Annual report of lunatic asylums [Bombay] - 1912-1922
Year: 1912
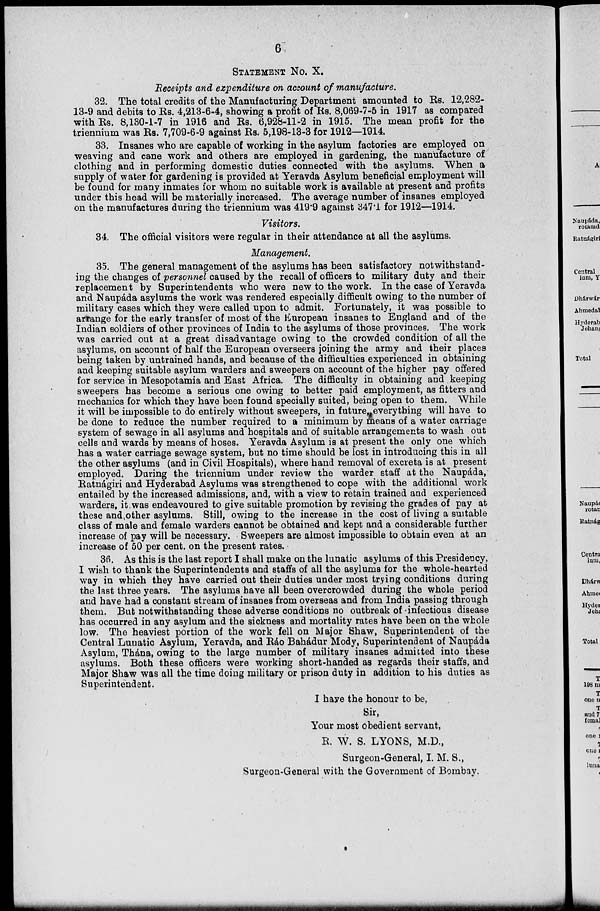
6
STATEMENT No. X.
Receipts and expenditure on account of manufacture.
32. The total credits of the Manufacturing Department amounted to Rs. 12,282-
13-9 and debits to Rs. 4,213-6-4, showing a profit of Rs. 8,069-7-5 in 1917 as compared
with Rs. 8,130-1-7 in 1916 and Rs. 6,928-11-2 in 1915. The mean profit for the
triennium was Rs. 7,709-6-9 against Rs. 5,198-13-3 for 1912—1914.
33. Insanes who are capable of working in the asylum factories are employed on
weaving and cane work and others are employed in gardening, the manufacture of
clothing and in performing domestic duties connected with the asylums. When a
supply of water for gardening is provided at Yeravda Asylum beneficial employment will
be found for many inmates for whom no suitable work is available at present and profits
under this head will be materially increased. The average number of insanes employed
on the manufactures during the triennium was 419.9 against 347.1 for 1912—1914.
Visitors.
34. The official visitors were regular in their attendance at all the asylums.
Management.
35. The general management of the asylums has been satisfactory notwithstand-
ing the changes of personnel caused by the recall of officers to military duty and their
replacement by Superintendents who were new to the work. In the case of Yeravda
and Naupáda asylums the work was rendered especially difficult owing to the number of
military cases which they were called upon to admit. Fortunately, it was possible to
arrange for the early transfer of most of the European insanes to England and of the
Indian soldiers of other provinces of India to the asylums of those provinces. The work
was carried out at a great disadvantage owing to the crowded condition of all the
asylums, on account of half the European overseers joining the army and their places
being taken by untrained hands, and because of the difficulties experienced in obtaining
and keeping suitable asylum warders and sweepers on account of the higher pay offered
for service in Mesopotamia and East Africa. The difficulty in obtaining and keeping
sweepers has become a serious one owing to better paid employment, as fitters and
mechanics for which they have been found specially suited, being open to them. While
it will be impossible to do entirely without sweepers, in future everything will have to
be done to reduce the number required to a minimum by means of a water carriage
system of sewage in all asylums and hospitals and of suitable arrangements to wash out
cells and wards by means of hoses. Yeravda Asylum is at present the only one which
has a water carriage sewage system, but no time should be lost in introducing this in all
the other asylums (and in Civil Hospitals), where hand removal of excreta is at present
employed. During the triennium under review the warder staff at the Naupáda,
Ratnágiri and Hyderabad Asylums was strengthened to cope with the additional work
entailed by the increased admissions, and, with a view to retain trained and experienced
warders, it was endeavoured to give suitable promotion by revising the grades of pay at
these and other asylums. Still, owing to the increase in the cost of living a suitable
class of male and female warders cannot be obtained and kept and a considerable further
increase of pay will be necessary. Sweepers are almost impossible to obtain even at an
increase of 50 per cent. on the present rates.
36. As this is the last report I shall make on the lunatic asylums of this Presidency,
I wish to thank the Superintendents and staffs of all the asylums for the whole-hearted
way in which they have carried out their duties under most trying conditions during
the last three years. The asylums have all been overcrowded during the whole period
and have had a constant stream of insanes from overseas and from India passing through
them. But notwithstanding these adverse conditions no outbreak of infectious disease
has occurred in any asylum and the sickness and mortality rates have been on the whole
low. The heaviest portion of the work fell on Major Shaw, Superintendent of the
Central Lunatic Asylum, Yeravda, and Ráo Bahádur Mody, Superintendent of Naupáda
Asylum, Thána, owing to the large number of military insanes admitted into these
asylums. Both these officers were working short-handed as regards their staffs, and
Major Shaw was all the time doing military or prison duty in addition to his duties as
Superintendent.
I have the honour to be,
Sir,
Your most obedient servant,
R. W. S. LYONS, M.D.,
Surgeon-General, I. M. S.,
Surgeon-General with the Government of Bombay.